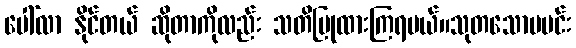
ပေါ်လာ နိုင်တယ် ဆိုတာကိုလည်း သတိပြုထားကြရမယ်။သုတသောမမင်း